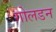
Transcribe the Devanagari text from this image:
गोलडन